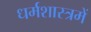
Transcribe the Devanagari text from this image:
धर्मशास्त्रमें